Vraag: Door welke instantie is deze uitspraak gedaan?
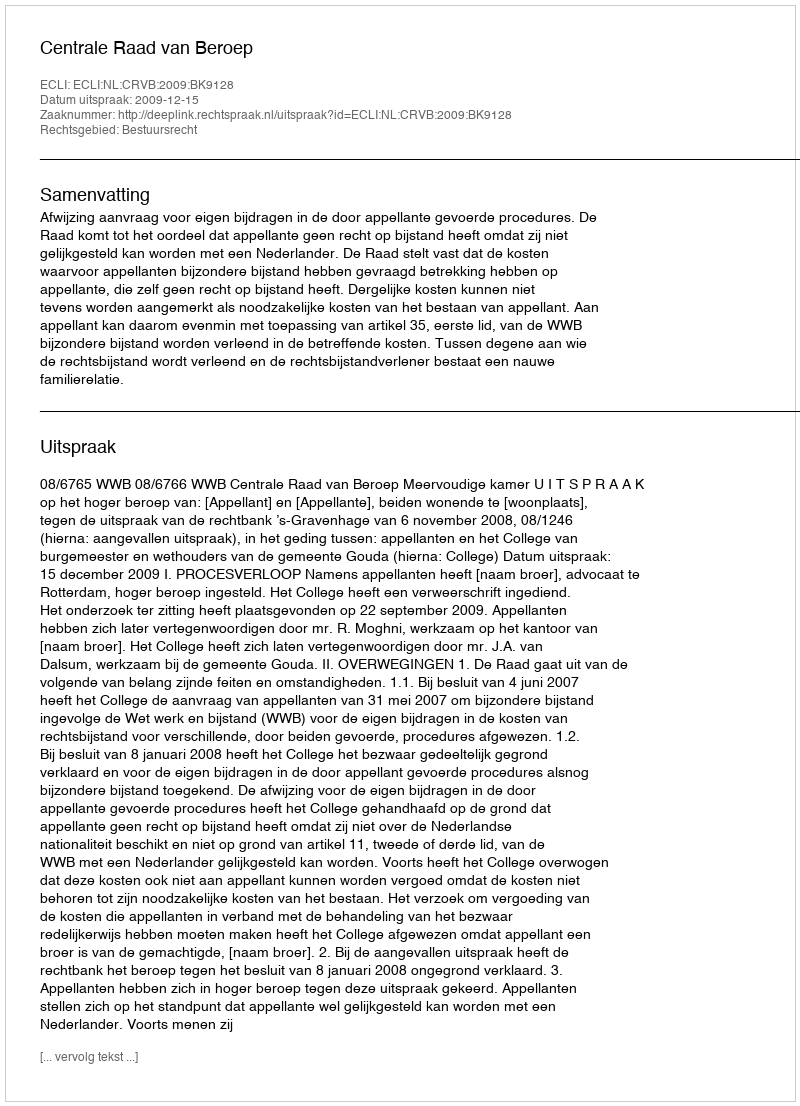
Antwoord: Centrale Raad van Beroep